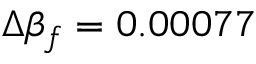
\Delta \beta _ { f } = 0 . 0 0 0 7 7